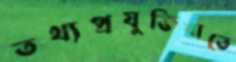
তথ্যপ্রযুক্তিখাতে